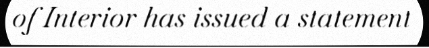
of Interior has issued a statement